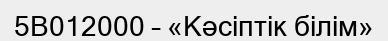
5В012000 – «Кәсіптік білім»